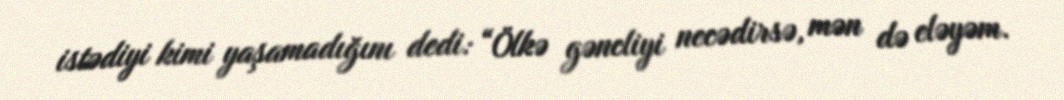
istədiyi kimi yaşamadığını dedi: “Ölkə gəncliyi necədirsə, mən də eləyəm.